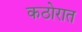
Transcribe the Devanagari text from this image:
कठोरात